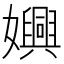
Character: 嬹